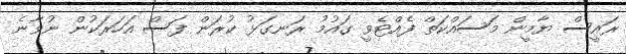
ރައީސް ޔާމީން މަސައްކަތް ފެއްޓެވީ ގައުމު ރަނގަޅު ކުރަން ފަސް އަހަރަކުން ނުވާނެ